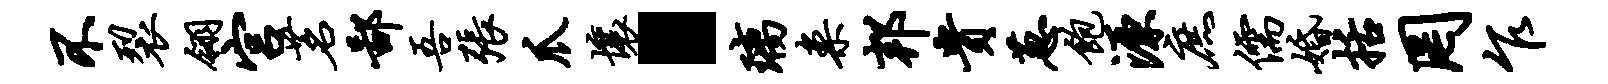
不裂翎宫茗鄙吾张爪壤·璃案邦贵葱饱源庶儒婚括罔乍